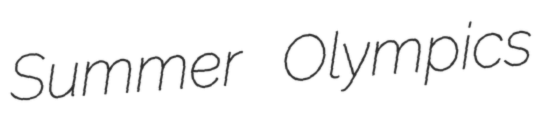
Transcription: Summer Olympics